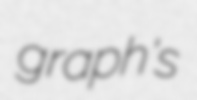
graph's